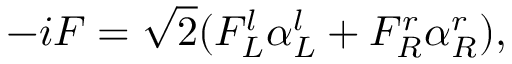
- i F = \sqrt { 2 } ( F _ { L } ^ { l } \alpha _ { L } ^ { l } + F _ { R } ^ { r } \alpha _ { R } ^ { r } ) ,